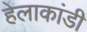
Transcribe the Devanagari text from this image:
हेलाकांडी